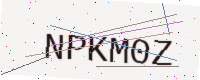
Text: NPKM0Z